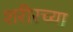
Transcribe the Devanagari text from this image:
शरीरच्या